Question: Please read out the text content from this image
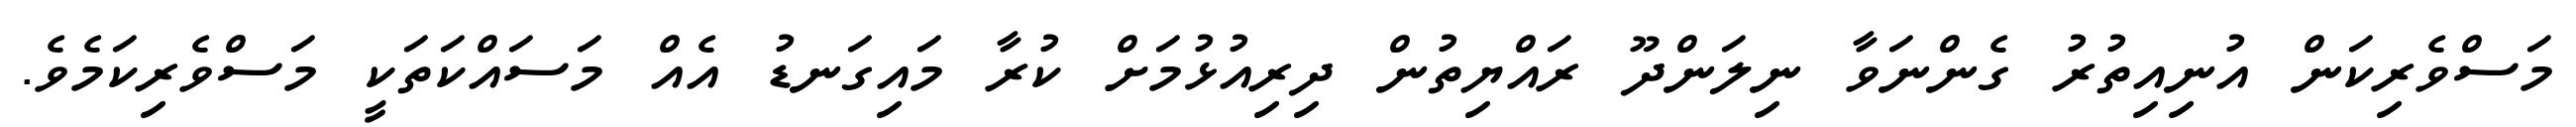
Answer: މަސްވެރިކަން އުނިއިތުރު ގެންނަވާ ނިލަންދޫ ރައްޔިތުން ދިރިއުޅުމަށް ކުރާ މައިގަނޑު އެއް މަސައްކަތަކީ މަސްވެރިކަމެވެ.